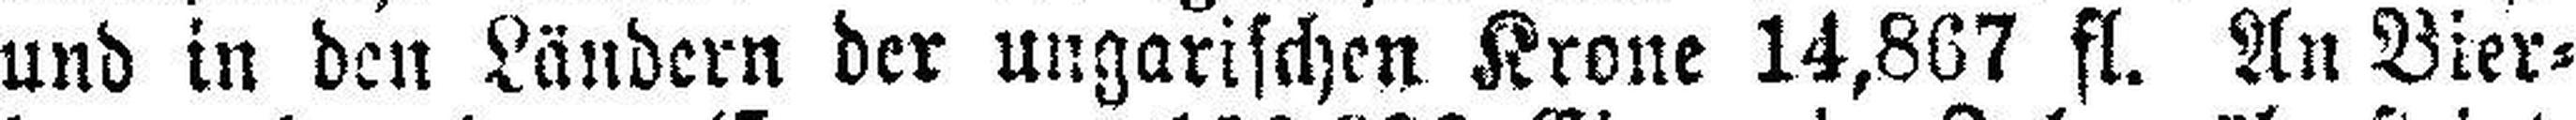
und in den Ländern der ungarischen Krone 14,867 fl. An Bier¬